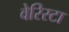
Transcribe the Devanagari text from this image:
वेरिस्टा